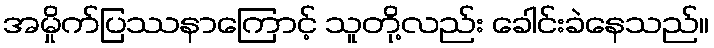
အမှိုက်ပြဿနာကြောင့် သူတို့လည်း ခေါင်းခဲနေသည်။